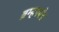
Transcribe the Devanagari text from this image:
ब्रम्हपर्यंत